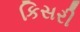
કિસરી